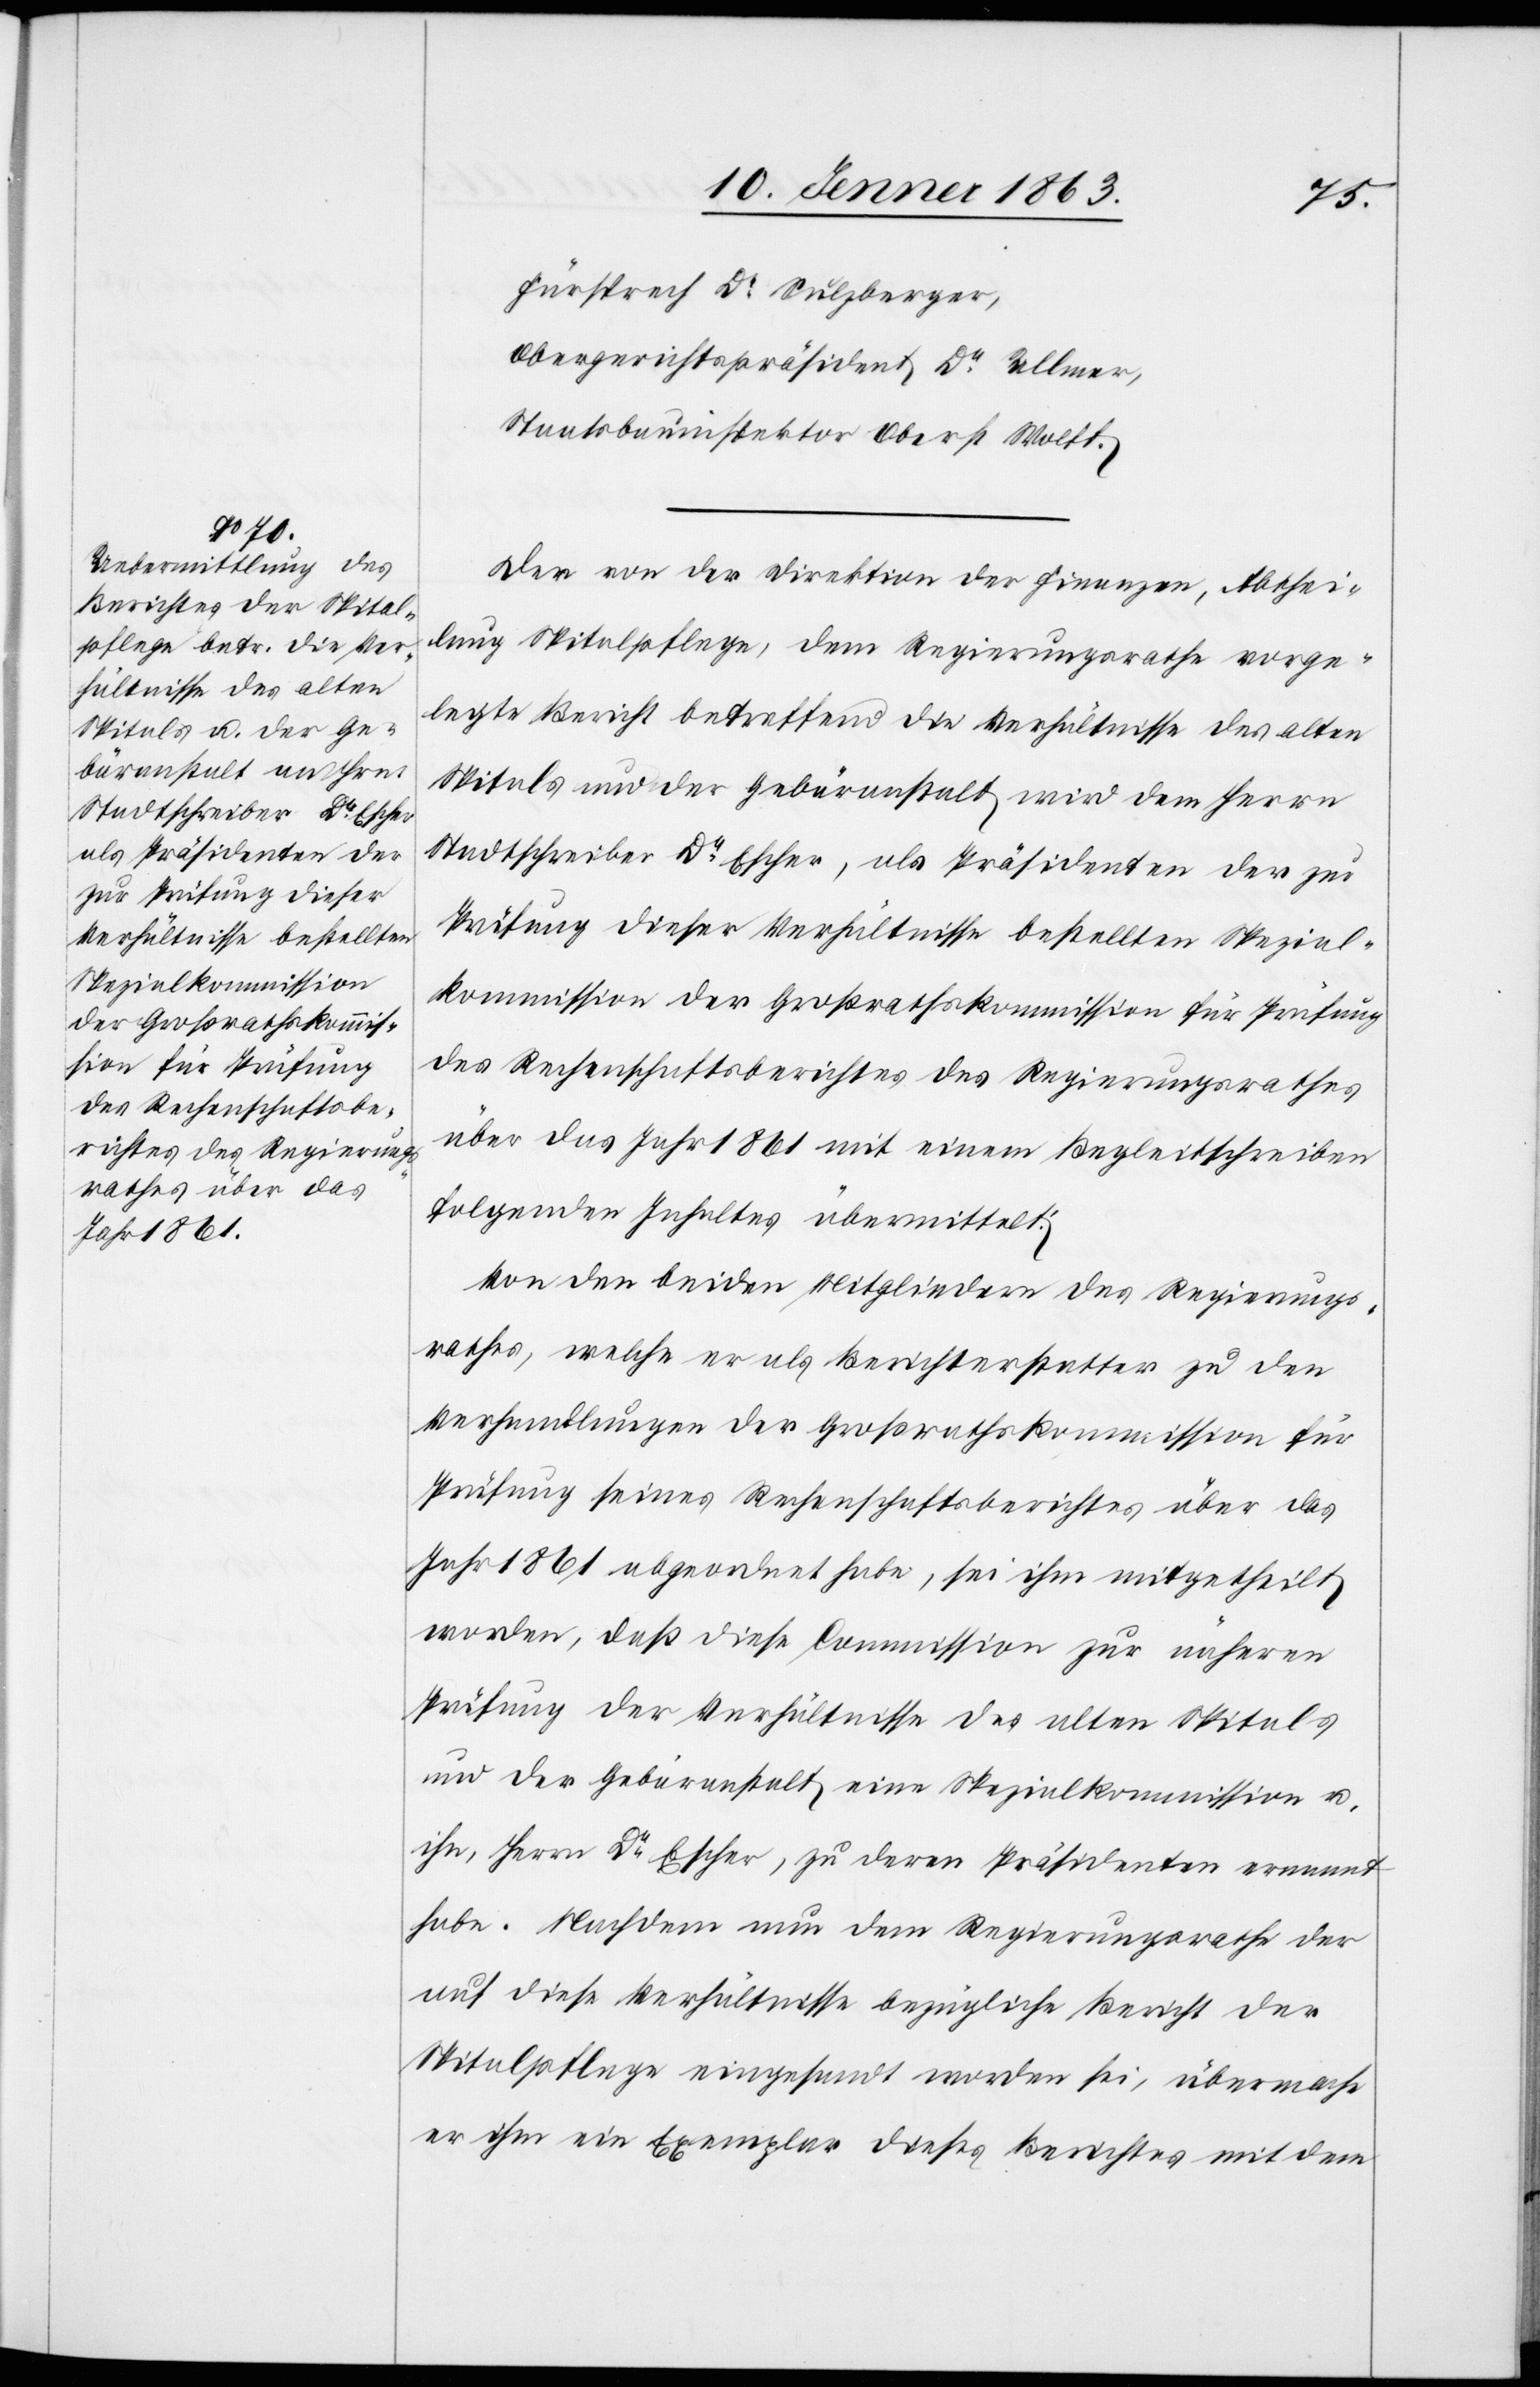
Fürsprech Dr Sulzberger,
Obergerichtspräsident Dr Ullmer,
Staatsbauinspektor Oberst Wolff.
Der von der Direktion der Finanzen, Abthei¬
lung Spitalpflege, dem Regierungsrathe vorge¬
legte Bericht betreffend die Verhältnisse des alten
Spitals und der Gebäranstalt wird dem Herrn
Stadtschreiber Dr Escher, als Präsidenten der zur
Prüfung dieser Verhältnisse bestellten Spezial¬
kommission der Großrathskommission für Prüfung
des Rechenschaftsberichtes des Regierungsrathes
über das Jahr 1861 mit einem Begleitschreiben
folgenden Inhaltes übermittelt:
Von den beiden Mitgliedern des Regierungs¬
rathes, welche er als Berichterstatter zu den
Verhandlungen der Großrathskommission für
Prüfung seines Rechenschaftsberichtes über das
Jahr 1861 abgeordnet habe, sei ihm mitgetheilt
worden, daß diese Commission zur näheren
Prüfung der Verhältnisse des alten Spitals
und der Gebäranstalt eine Spezialkommission u.
ihn, Herrn Dr Escher, zu deren Präsidenten ernannt
habe. Nachdem nun dem Regierungsrathe der
auf diese Verhältnisse bezügliche Bericht der
Spitalpflege eingesandt worden sei, übermache
er ihm ein Exemplar dieses Berichtes mit dem